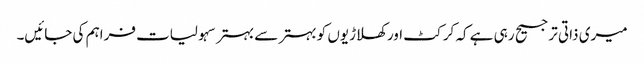
میری ذاتی ترجیح رہی ہے کہ کرکٹ اور کھلاڑیوں کو بہتر سے بہتر سہولیات فراہم کی جائیں۔